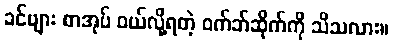
ခင်ဗျား စာအုပ် ဝယ်လို့ရတဲ့ ဝက်ဘ်ဆိုက်ကို သိသလား။